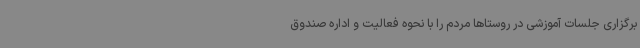
برگزاری جلسات آموزشی در روستاها مردم را با نحوه فعالیت و اداره صندوق